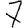
Digit: 7